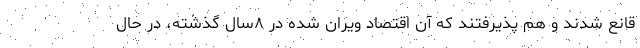
قانع شدند و هم پذیرفتند که آن اقتصاد ویران شده در ۸سال گذشته، در حال